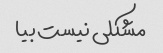
مشکلی نیست بیا